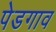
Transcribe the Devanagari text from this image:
पेडगाव